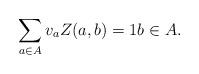
LaTeX: \begin{align*}\sum_{a \in A} v_a Z(a,b) = 1 b \in A.\end{align*}